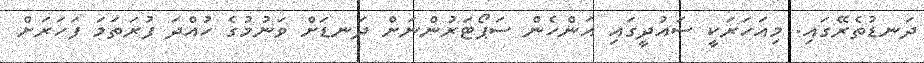
ދަނޑުތެރޭގައި. މިއަހަރަކީ ސައުދީގައި އަންހެން ސަޕޯޓަރުންނަށް ދަނޑަށް ވަނުމުގެ ހުއްދަ ފުރަތަމަ ފަހަރަށް